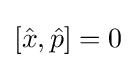
[{\hat {x}},{\hat {p}}]=0